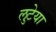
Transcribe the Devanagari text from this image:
लुटेया